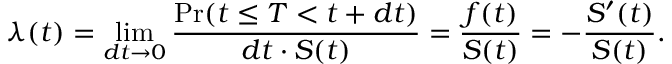
\lambda ( t ) = \operatorname* { l i m } _ { d t \rightarrow 0 } { \frac { \operatorname* { P r } ( t \leq T < t + d t ) } { d t \cdot S ( t ) } } = { \frac { f ( t ) } { S ( t ) } } = - { \frac { S ^ { \prime } ( t ) } { S ( t ) } } .